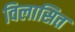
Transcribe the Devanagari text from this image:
विलासित